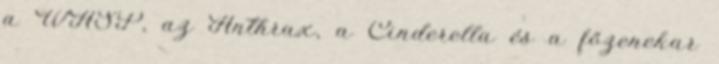
a WASP, az Anthrax, a Cinderella és a főzenekar